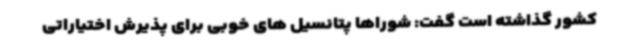
کشور گذاشته است گفت: شوراها پتانسیل های خوبی برای پذیرش اختیاراتی